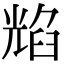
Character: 𦥿